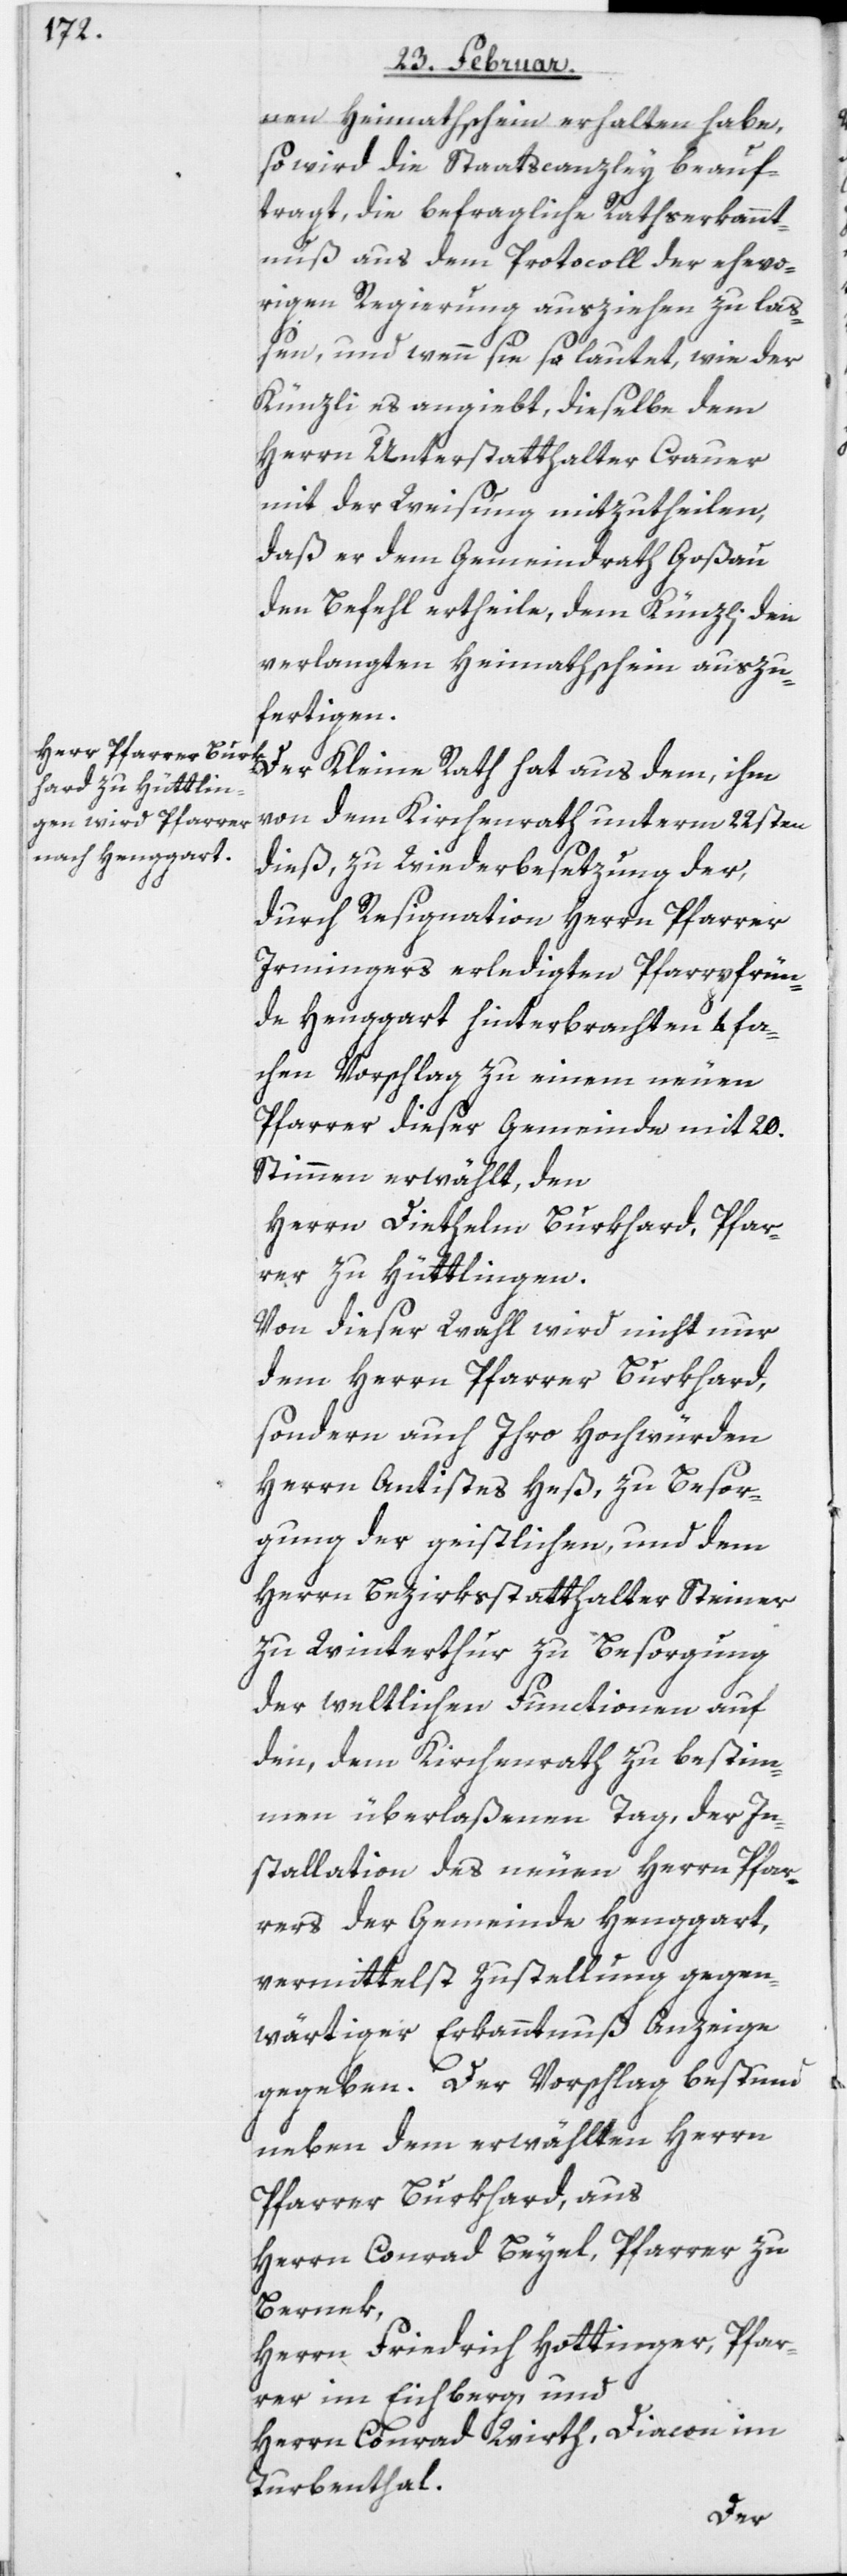
nen Heimathschein erhalten habe,
so wird die Staatscanzley beauf¬
tragt, die befragliche Rathserkannt¬
nuß aus dem Protocoll der ehevo¬
rigen Regierung ausziehen zu laß¬
en, und wenn sie so lautet, wie der
Künzli es angiebt, dieselbe dem
Herrn Unterstatthalter Crauer
mit der Weisung mitzutheilen,
daß er dem Gemeindrath Goßau
den Befehl ertheile, dem Künzli den
verlangten Heimathschein auszu¬
fertigen.
Der Kleine Rath hat aus dem, ihm
von dem Kirchenrath unterm 22sten
dieß, zu Wiederbesetzung der,
durch Resignation Herrn Pfarrer
Irmingers erledigten Pfarrpfrün¬
de Henggart hinterbrachten 4 fa¬
chen Vorschlag zu einem neuen
Pfarrer dieser Gemeinde mit 20.
Stimmen erwählt, den
Herrn Diethelm Burkhard, Pfar¬
rer zu Hüttlingen.
Von dieser Wahl wird nicht nur
dem Herrn Pfarrer Burkhard,
sondern auch Ihro Hochwürden
Herrn Antistes Heß, zu Besor¬
gung der geistlichen, und dem
Herrn Bezirksstatthalter Steiner
zu Winterthur zu Besorgung
der weltlichen Functionen auf
den, dem Kirchenrath zu bestim¬
men überlaßenen Tag, der In¬
stallation des neuen Herrn Pfar¬
rers der Gemeinde Henggart,
vermittelst Zustellung gegen¬
wärtiger Erkanntnuß Anzeige
gegeben. Der Vorschlag bestund
neben dem erwählten Herrn
Pfarrer Burkhard, aus
Herrn Conrad Beyel, Pfarrer zu
Bernek,
Herrn Friedrich Hottinger, Pfar¬
rer im Eichberg, und
Herrn Conrad Wirth, Diacon im
Turbenthal.